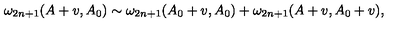
\omega _ { 2 n + 1 } ( A + v , A _ { 0 } ) \sim \omega _ { 2 n + 1 } ( A _ { 0 } + v , A _ { 0 } ) + \omega _ { 2 n + 1 } ( A + v , A _ { 0 } + v ) ,